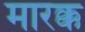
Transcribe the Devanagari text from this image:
मारक्क